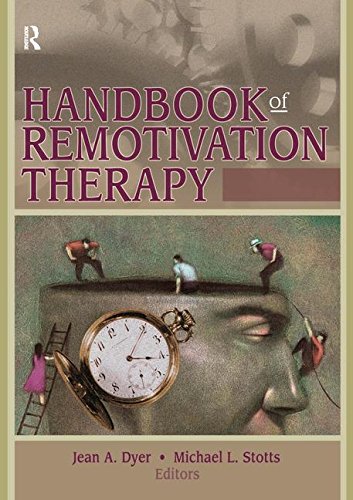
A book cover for Handbook of Remotivation Therapy (Haworth Handbook Series in Psychotherapy); Michael Stotts  L.; Medical Books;